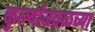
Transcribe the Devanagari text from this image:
कुर्ल्याजवळच्या